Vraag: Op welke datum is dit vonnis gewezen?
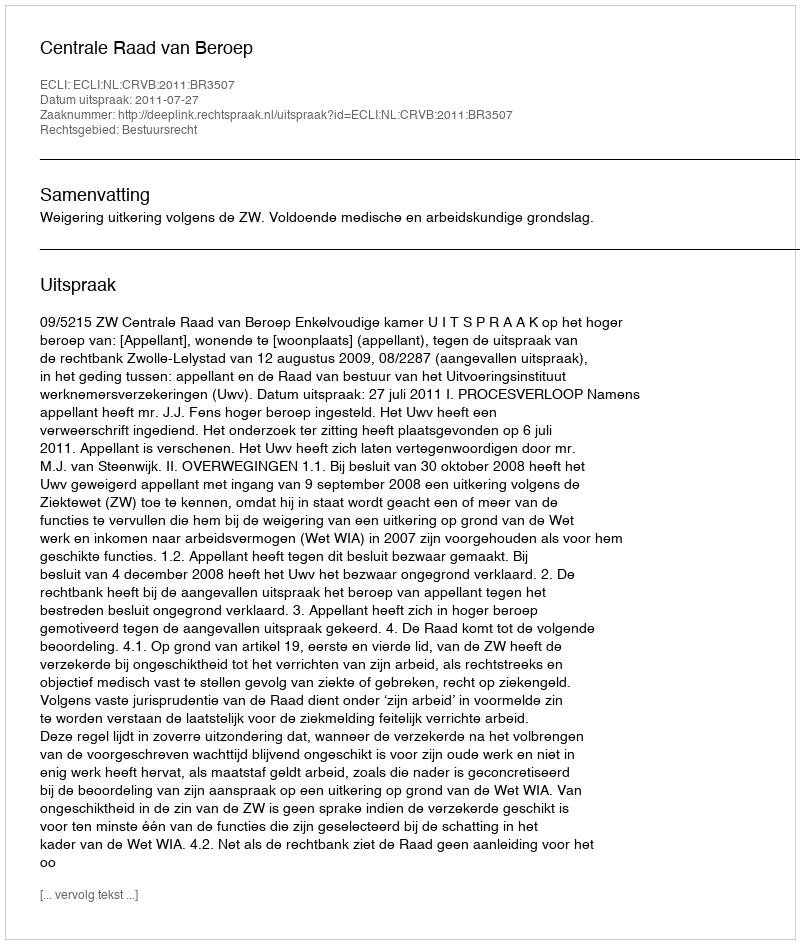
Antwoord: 2011-07-27